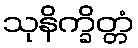
သုနိက္ခိတ္တံ